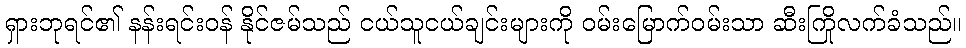
ရှားဘုရင်၏ နန်းရင်းဝန် နိုင်ဇမ်သည် ငယ်သူငယ်ချင်းများကို ဝမ်းမြောက်ဝမ်းသာ ဆီးကြိုလက်ခံသည်။